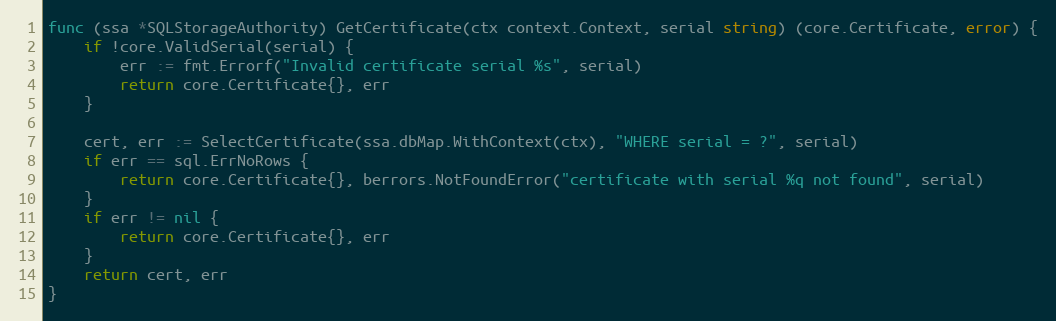
Language: Go
func (ssa *SQLStorageAuthority) GetCertificate(ctx context.Context, serial string) (core.Certificate, error) {
	if !core.ValidSerial(serial) {
		err := fmt.Errorf("Invalid certificate serial %s", serial)
		return core.Certificate{}, err
	}

	cert, err := SelectCertificate(ssa.dbMap.WithContext(ctx), "WHERE serial = ?", serial)
	if err == sql.ErrNoRows {
		return core.Certificate{}, berrors.NotFoundError("certificate with serial %q not found", serial)
	}
	if err != nil {
		return core.Certificate{}, err
	}
	return cert, err
}